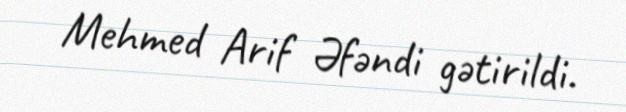
Mehmed Arif Əfəndi gətirildi.